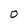
Character: 0